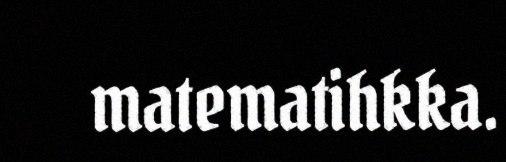
matematihkka.